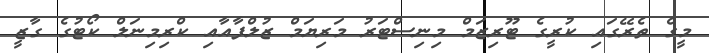
މީގެ ތެރޭގައި ކުރީގެ ޓޫރިޒަމް މިނިސްޓަރު މަރިޔަމް ޒުލްފާއާއި ކްރިމިނަލް ކޯޓުގެ ގާޒީ